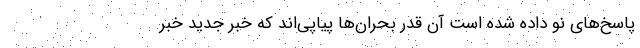
پاسخ‌های نو داده شده است آن قدر بحران‌ها پیاپی‌اند که خبر جدید خبر